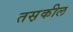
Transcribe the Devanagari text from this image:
तस़कील